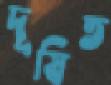
দূষিত